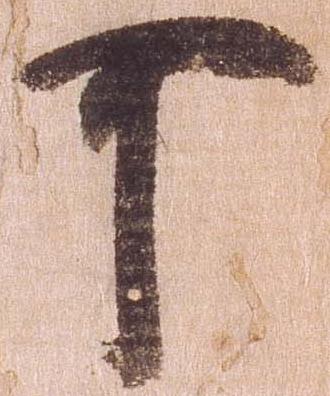
可